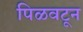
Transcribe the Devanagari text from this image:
पिळवटून